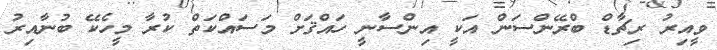
ވީއިރު ރިޗާޑް ބްރޭންސަން އަކީ އިންސާނީ ހައްޤަށް މަސައްކަތް ކުރާ މީހެކޭ ބުނާއިރު